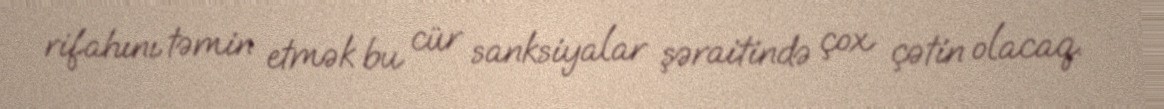
rifahını təmin etmək bu cür sanksiyalar şəraitində çox çətin olacaq.